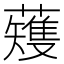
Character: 𫊆